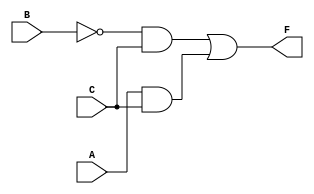
module combinational_logic_block (
    input wire A,    // Input variable A
    input wire B,    // Input variable B
    input wire C,    // Input variable C
    output wire F    // Output of the combinational logic
);

// Internal signals for intermediate expressions
wire notB;          // Not of B
wire and1;          // Intermediate signal for B'C
wire and2;          // Intermediate signal for AC

// Logic implementation
assign notB = ~B;         // NOT gate for B
assign and1 = notB & C;   // AND gate for B'C
assign and2 = A & C;      // AND gate for AC
assign F = and1 | and2;   // OR gate to combine the terms

endmodule